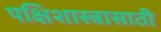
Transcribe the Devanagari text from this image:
पक्षिशास्त्रासाठी